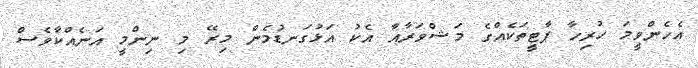
އެހެންވީމަ ހުރިހާ ޕާޓީތަކެއްގެ މަޝްވަރާއާ އެކު އަޅުގަނޑުމެން މިރޭ މި ނިންމީ އަނެއްކާވެސް